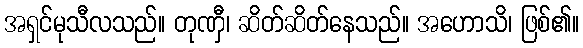
အရှင်မုသီလသည်။ တုဏှီ၊ ဆိတ်ဆိတ်နေသည်။ အဟောသိ၊ ဖြစ်၏။